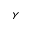
\gamma